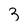
Character: 3